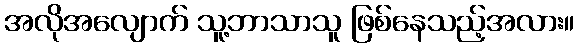
အလိုအလျောက် သူ့ဘာသာသူ ဖြစ်နေသည့်အလား။